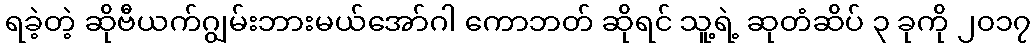
ရခဲ့တဲ့ ဆိုဗီယက်ဂျွမ်းဘားမယ်အော်ဂါ ကောဘတ် ဆိုရင် သူ့ရဲ့ ဆုတံဆိပ် ၃ ခုကို ၂၀၁၇